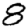
Digit: 8